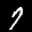
Label: 7